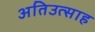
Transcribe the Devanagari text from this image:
अतिउत्साह